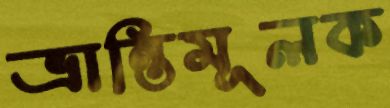
ভ্রান্তিমূলক